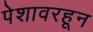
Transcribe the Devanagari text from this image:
पेशावरहून